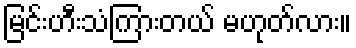
မြင်းဟီးသံကြားတယ် မဟုတ်လား။